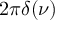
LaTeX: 2 \pi \delta ( \nu )